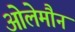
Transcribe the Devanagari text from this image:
ओलेमौन